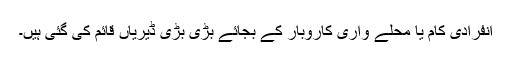
انفرادی کام یا محلے واری کاروبار کے بجائے بڑی بڑی ڈیریاں قائم کی گئی ہیں۔